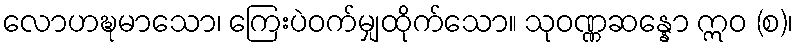
လောဟဍ္ဎမာသော၊ ကြေးပဲဝက်မျှထိုက်သော။ သုဝဏ္ဏဆန္နော ဣဝ (စ)၊